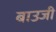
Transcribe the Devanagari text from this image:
बाउजी